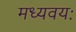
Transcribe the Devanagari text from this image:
मध्यवयः